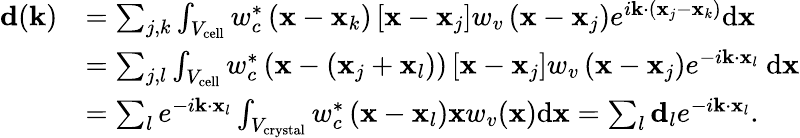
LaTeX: \begin{array}{rl}{\mathbf{d}(\mathbf{k})}&{=\sum_{j,k}\int_{V_{\mathrm{cell}}}w_{c}^{*}\left(\mathbf{x}-\mathbf{x}_{k}\right)\left[\mathbf{x}-\mathbf{x}_{j}\right]w_{v}\left(\mathbf{x}-\mathbf{x}_{j}\right)e^{i\mathbf{k}\cdot\left(\mathbf{x}_{j}-\mathbf{x}_{k}\right)}\mathrm{d}\mathbf{x}}\\ &{=\sum_{j,l}\int_{V_{\mathrm{cell}}}w_{c}^{*}\left(\mathbf{x}-\left(\mathbf{x}_{j}+\mathbf{x}_{l}\right)\right)\left[\mathbf{x}-\mathbf{x}_{j}\right]w_{v}\left(\mathbf{x}-\mathbf{x}_{j}\right)e^{-i\mathbf{k}\cdot\mathbf{x}_{l}}\mathrm{~d}\mathbf{x}}\\ &{=\sum_{l}e^{-i\mathbf{k}\cdot\mathbf{x}_{l}}\int_{V_{\mathrm{crystal}}}w_{c}^{*}\left(\mathbf{x}-\mathbf{x}_{l}\right)\mathbf{x}w_{v}(\mathbf{x})\mathrm{d}\mathbf{x}=\sum_{l}\mathbf{d}_{l}e^{-i\mathbf{k}\cdot\mathbf{x}_{l}}.}\end{array}